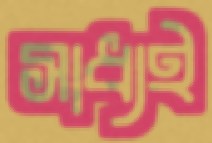
সাধ্যই